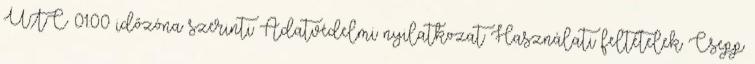
UTC 01:00 időzóna szerinti Adatvédelmi nyilatkozat Használati feltételek Csepp